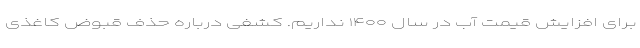
برای افزایش قیمت آب در سال ۱۴۰۰ نداریم. کشفی درباره حذف قبوض کاغذی